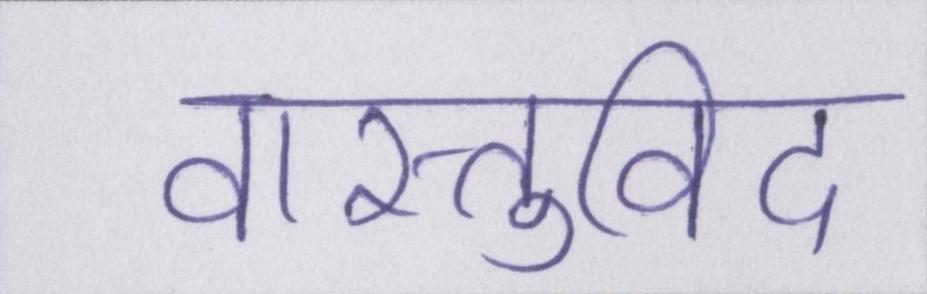
वास्तुविद